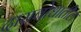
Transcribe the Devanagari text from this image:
दासबोधातील